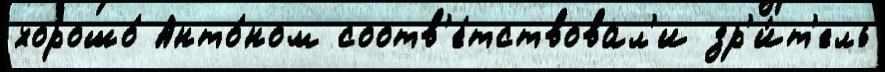
хорошо́ Анто́ном соотв'е́тствовал'и зр'и́т'ель